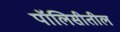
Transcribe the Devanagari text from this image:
पॉलिसीतील